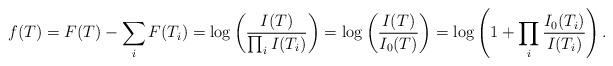
LaTeX: \begin{align*}f(T)=F(T) - \sum_i F(T_i) = \log \left(\frac{I(T)}{\prod_i I(T_i)}\right) = \log \left( \frac{I(T)}{I_0(T)} \right) = \log \left(1 + \prod_i \frac{I_0(T_i)}{I(T_i)}\right).\end{align*}